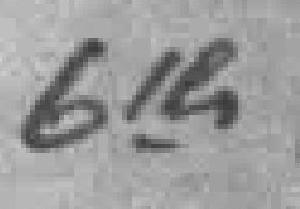
6th